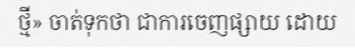
ថ្មី» ចាត់ទុកថា ជាការចេញផ្សាយ ដោយ